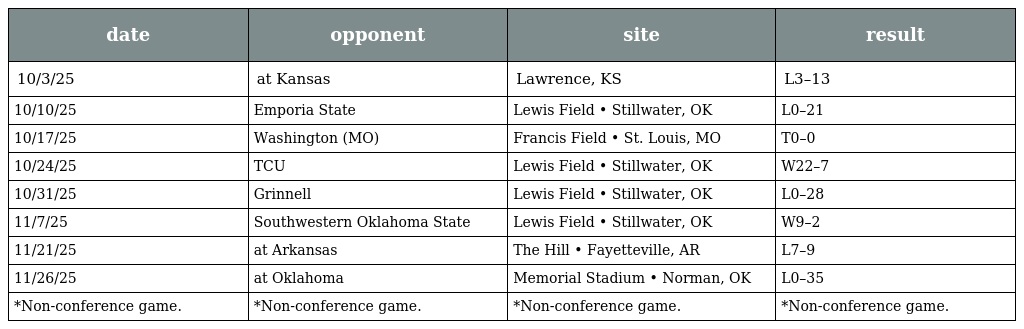
| date | opponent | site | result |
 | --- | --- | --- | --- |
 | 10/3/25 | at Kansas | Lawrence, KS | L3–13 |
 | 10/10/25 | Emporia State | Lewis Field • Stillwater, OK | L0–21 |
 | 10/17/25 | Washington (MO) | Francis Field • St. Louis, MO | T0–0 |
 | 10/24/25 | TCU | Lewis Field • Stillwater, OK | W22–7 |
 | 10/31/25 | Grinnell | Lewis Field • Stillwater, OK | L0–28 |
 | 11/7/25 | Southwestern Oklahoma State | Lewis Field • Stillwater, OK | W9–2 |
 | 11/21/25 | at Arkansas | The Hill • Fayetteville, AR | L7–9 |
 | 11/26/25 | at Oklahoma | Memorial Stadium • Norman, OK | L0–35 |
 | *Non-conference game. | *Non-conference game. | *Non-conference game. | *Non-conference game. |